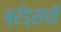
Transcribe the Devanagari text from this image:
ब्रॅड्सची